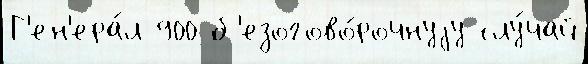
Г'ен'ера́л 900 б'езогово́рочнуjу слу́чай